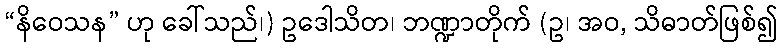
“နိဝေသန” ဟု ခေါ်သည်၊) ဥဒေါသိတ၊ ဘဏ္ဍာတိုက် (ဥ၊ အဝ, သိဓာတ်ဖြစ်၍